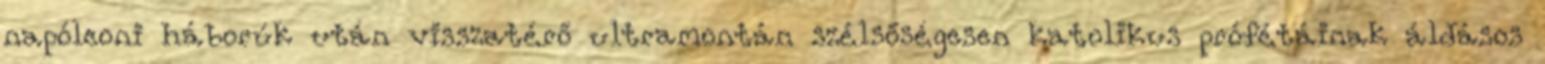
napóleoni háborúk után visszatérő ultramontán szélsőségesen katolikus prófétáinak áldásos